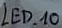
Text: LED_10